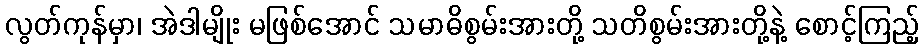
လွတ်ကုန်မှာ၊ အဲဒါမျိုး မဖြစ်အောင် သမာဓိစွမ်းအားတို့ သတိစွမ်းအားတို့နဲ့ စောင့်ကြည့်